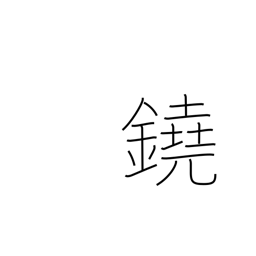
Meaning: gong